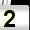
Digit: 2